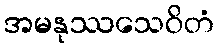
အမနုဿသေဝိတံ